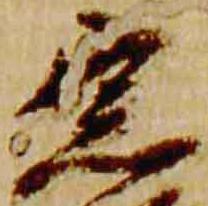
宗